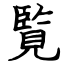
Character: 覧